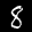
Label: 8